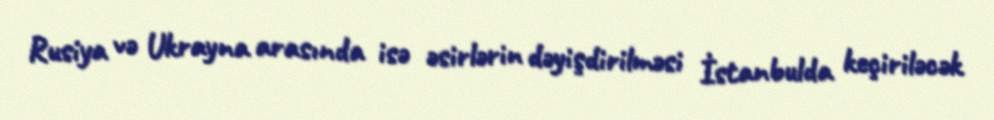
Rusiya və Ukrayna arasında isə əsirlərin dəyişdirilməsi İstanbulda keçiriləcək